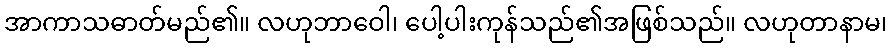
အာကာသဓာတ်မည်၏။ လဟုဘာဝေါ၊ ပေါ့ပါးကုန်သည်၏အဖြစ်သည်။ လဟုတာနာမ၊